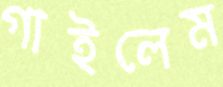
গাইলেম